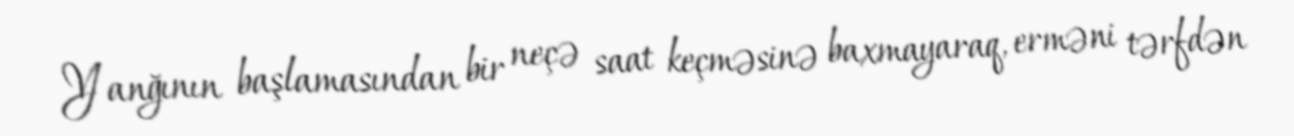
Yanğının başlamasından bir neçə saat keçməsinə baxmayaraq, erməni tərfdən